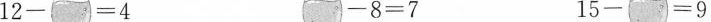
$$1 2 - = 4$$ $$- 8 = 7$$ $$1 5 - = 9$$